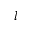
l